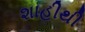
શાહીથી